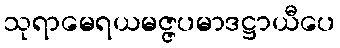
သုရာမေရယမဇ္ဇပမာဒဋ္ဌာယီပေ